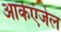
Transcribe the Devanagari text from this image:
आर्कएंजेल